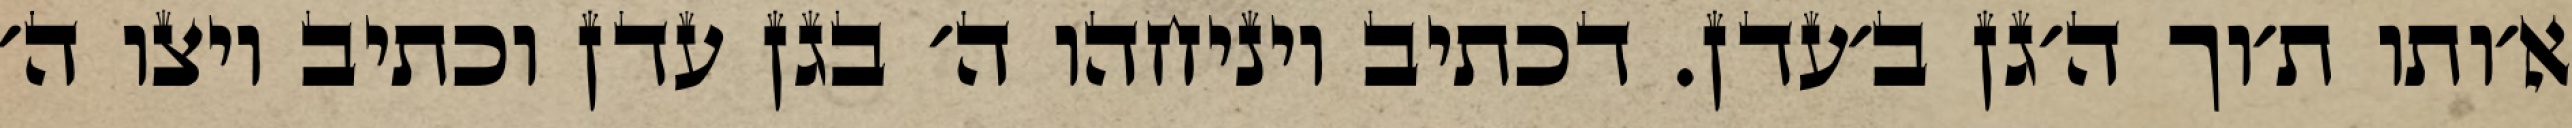
א׳ותו ת׳וך ה׳גן ב׳עדן. דכתיב ויניחהו ה׳ בגן עדן וכתיב ויצו ה׳